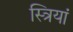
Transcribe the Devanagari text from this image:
स्‍त्रियां